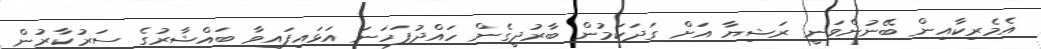
އެމެރިކާއިން ބޭނުންވަނީ ރަޝިޔާ އަށް ގަދަކަމުން ބާރުދީގެން ހައްދުފަހަނަ އަޅައިފައިވާ ބައްޝާރުގެ ސަރުކާރުން